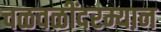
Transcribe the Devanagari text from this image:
चळवळींदरम्यान